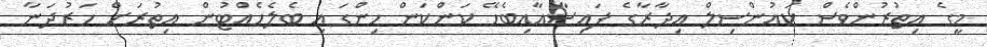
މީގެ އިތުރުންވެސް ކައުންސިލް އިދާރާގެ ފައިސާއާއިބެހޭ ކަންކަން ހިންގައި ބެލެހެއްޓުން އިތުރަށް ހަރުދަނާ